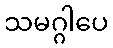
သမဂ္ဂါပေ